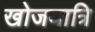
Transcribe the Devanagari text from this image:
खोजयात्रि